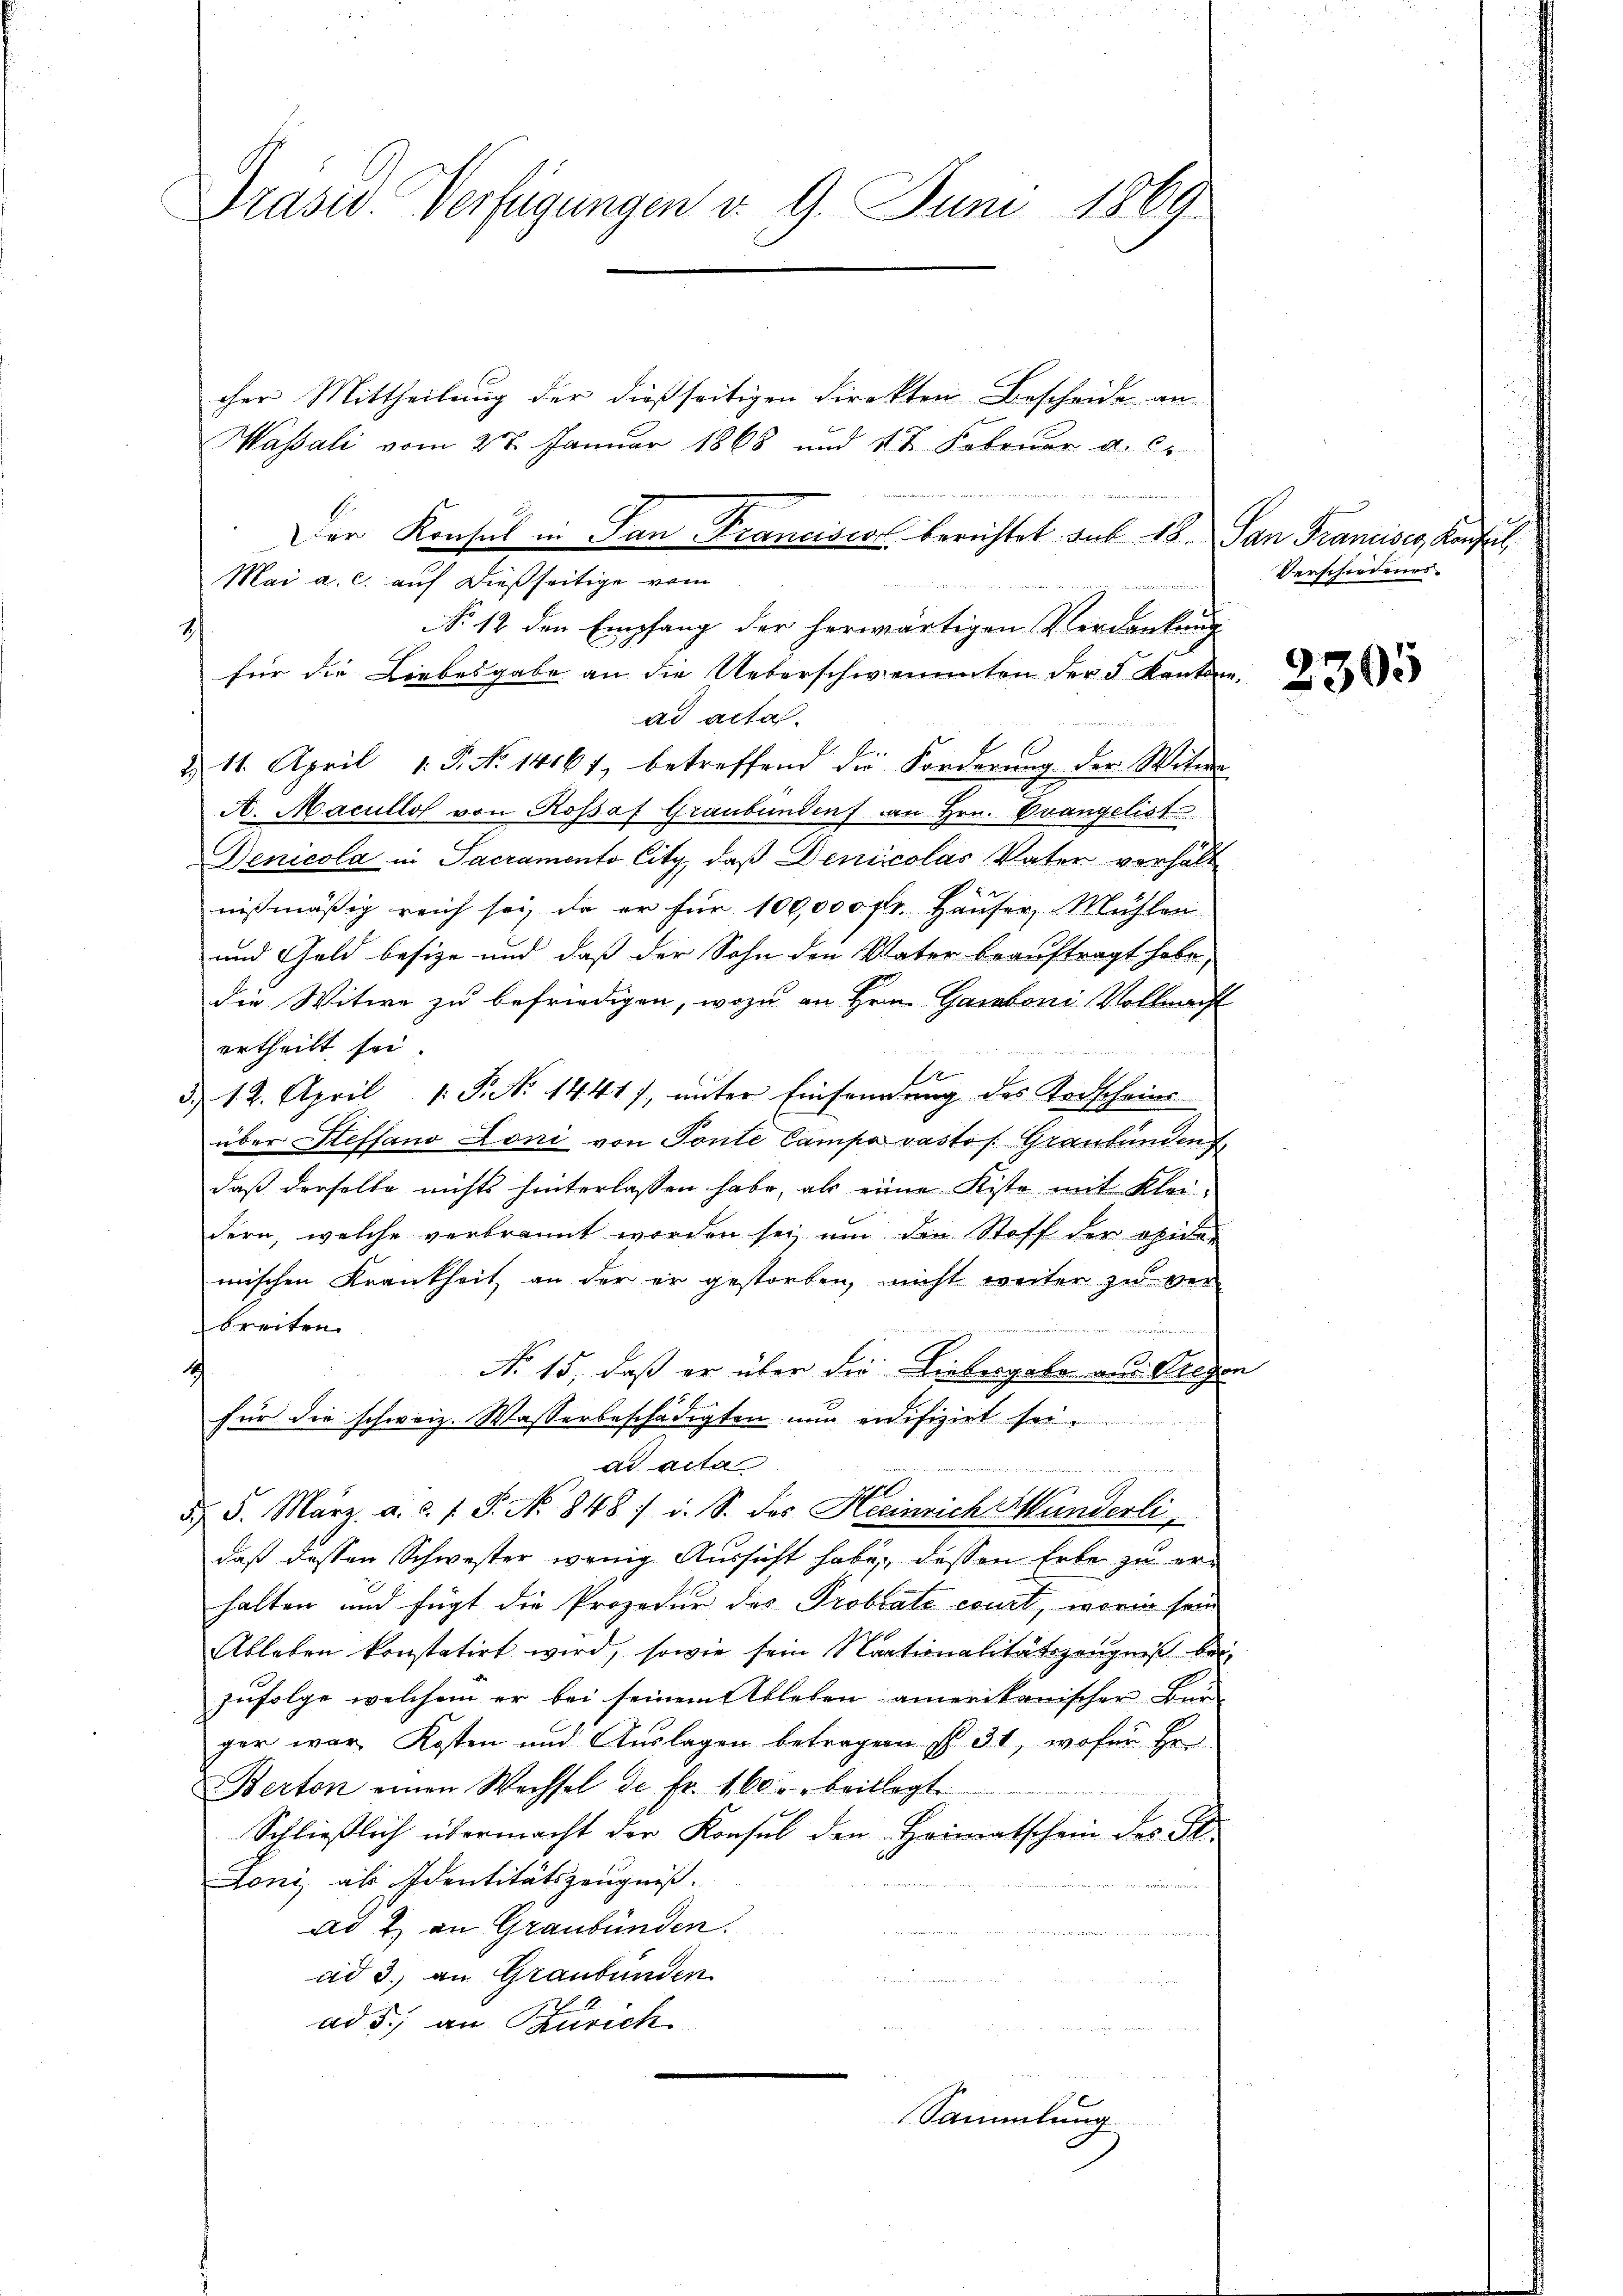
Präsid. Verfügungen v. 9. Juni 1869

cher Mittheilung der dießseitigen Direkten Bescheide an-
Wassali vom 27. Januar 1868 und 1 t Februar d. C
für die Liebesgabe an die Ueberschweinten der 5 Kantone
ad acta.

d 11. April 1. P. No 14161, betreffend die Forderung der Witwe
A. Macullos von Rossat Graubünden an Hrn. Evangelist
Denicola in Sacramento City, daß Denicolas Vater verhält
nißmäßig reich sei, da er für 100,000 fr. Häuser, Mühlen
und Geld besize und daß der Sohn den Vater beauftragt habe,
die Witwe zu befriedigen, wozu an Hrn. Gamboni Vollmacht
ertheilt sei.
2
12. April 1. P. No 1441), unter Einsendung des Todscheins
2)
über Steffano Loni von Tonte Campa vastis. Graubünden
daß derselbe nichts hinterlassen habe, als eine Kisto mit Kleidern, welche verbrannt worden sei um den Stoff der opide-
mischen Krankheit an der er gestorben, nicht weiter zu ver-
breiten
No 15, daß er über die Liebergabe aus Liegen
1
für die schweiz. Wasserbeschädigten nun edifizirt sei.
ad acta
et man angen
d. 5. März a. c. l. J. No 848 / i. S. des Heinrich Handerli
daß dessen Schwester wenig Aussicht habe dessen Erbe zu erhalten und fügt die Prozedur des Probrate court, worin sein
Ableben konstatirt wird, sowie sein Staationalitätszeugniß bei
zufolge welchem er bei seinem Ableben amerikanischer Bur-
ger war Kosten und Auslagen betragen § 31, wofür Hr.
Berton einen Wechsel de fr. 160. beillegt
Schließlich übermacht der Konsul den Heimatschein des St.
Loni als Identitätszeugniß.
ad 2. an Graubünden.
ad 3., an Graubünden
ad 5. an Zürich
Sammlung

2)

Der Konsul in San Francisco berichtet aus 18. San Francises Konsul
Mai a. c. auf dießseitige vom
NNo. 12 den Empfang der herwärtigen Verdankung

Verschiedenes

r

2305